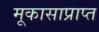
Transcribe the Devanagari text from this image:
मूकासाप्राप्त